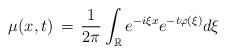
LaTeX: \begin{align*}\mu(x, t) \, = \, \frac{1}{2\pi} \int_{\mathbb{R}} e^{-i\xi x} e^{-t\varphi(\xi)}d\xi\end{align*}